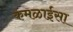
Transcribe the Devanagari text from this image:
कमळाईसा